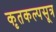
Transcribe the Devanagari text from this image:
कृतकल्पसूत्र